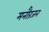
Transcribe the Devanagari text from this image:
मनौरंजन